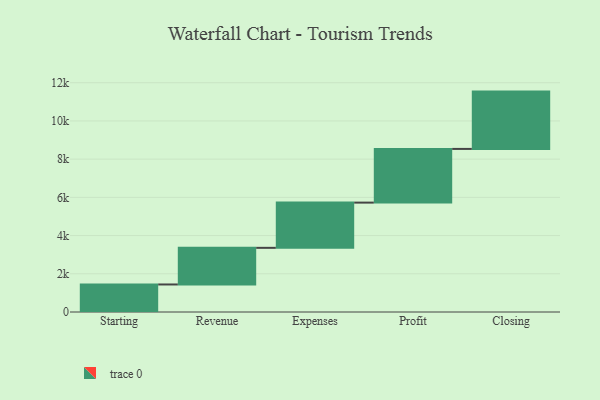
{"axis": {"x": "Step", "y": "Value"}, "legend": [""], "data": [{"x": "Starting", "y": 1441.0, "type": ""}, {"x": "Revenue", "y": 1917.0, "type": ""}, {"x": "Expenses", "y": 2367.0, "type": ""}, {"x": "Profit", "y": 2810.0, "type": ""}, {"x": "Closing", "y": 3000, "type": ""}]}